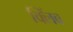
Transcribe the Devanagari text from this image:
क्लिंब